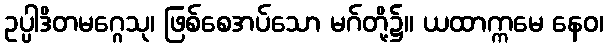
ဥပ္ပါဒိတမဂ္ဂေသု၊ ဖြစ်စေအပ်သော မဂ်တို့၌။ ယထာက္ကမေ နေဝ၊